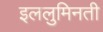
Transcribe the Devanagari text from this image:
इललुमिनती